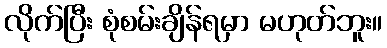
လိုက်ပြီး စုံစမ်းချိန်ရမှာ မဟုတ်ဘူး။